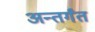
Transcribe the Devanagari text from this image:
अन्तर्गंत